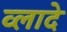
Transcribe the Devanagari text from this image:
व्लादे